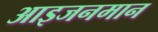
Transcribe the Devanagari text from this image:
आइजनमान